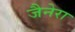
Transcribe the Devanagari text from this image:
जैनेरा